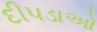
દીપડાઓ